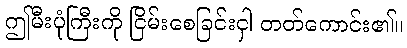
ဤမီးပုံကြီးကို ငြိမ်းစေခြင်းငှါ တတ်ကောင်း၏။